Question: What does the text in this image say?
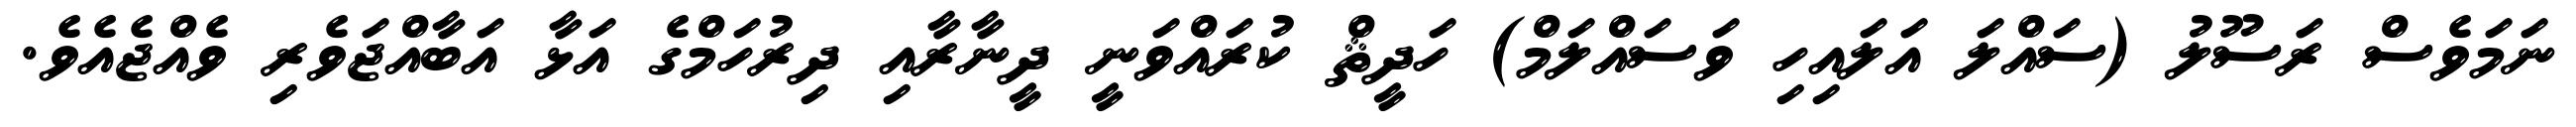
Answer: ނަމަވެސް ރަސޫލު (ސައްލަ އަލައިހި ވަސައްލަމް) ހަދީޘް ކުރައްވަނީ ދީނާރާއި ދިރުހަމްގެ އަޅާ އަބާއްޖަވެރި ވެއްޖެއެވެ.